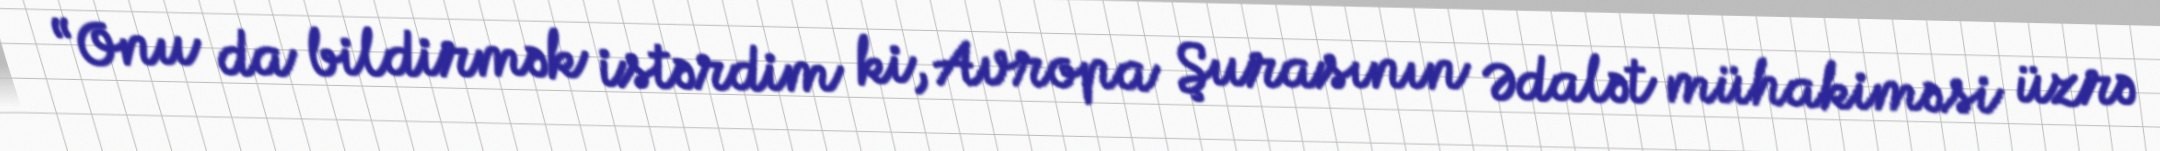
“Onu da bildirmək istərdim ki, Avropa Şurasının Ədalət mühakiməsi üzrə